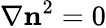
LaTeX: \nabla\mathbf n^{2}=0